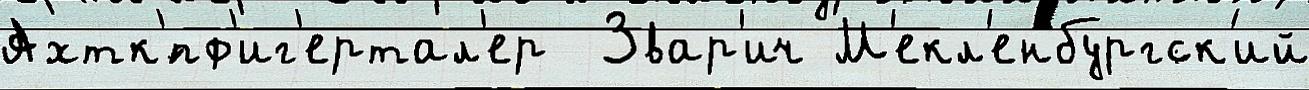
Ахтк'́пф'иг'ертал'ер  Звар'ич М'екл'енбургск'ий